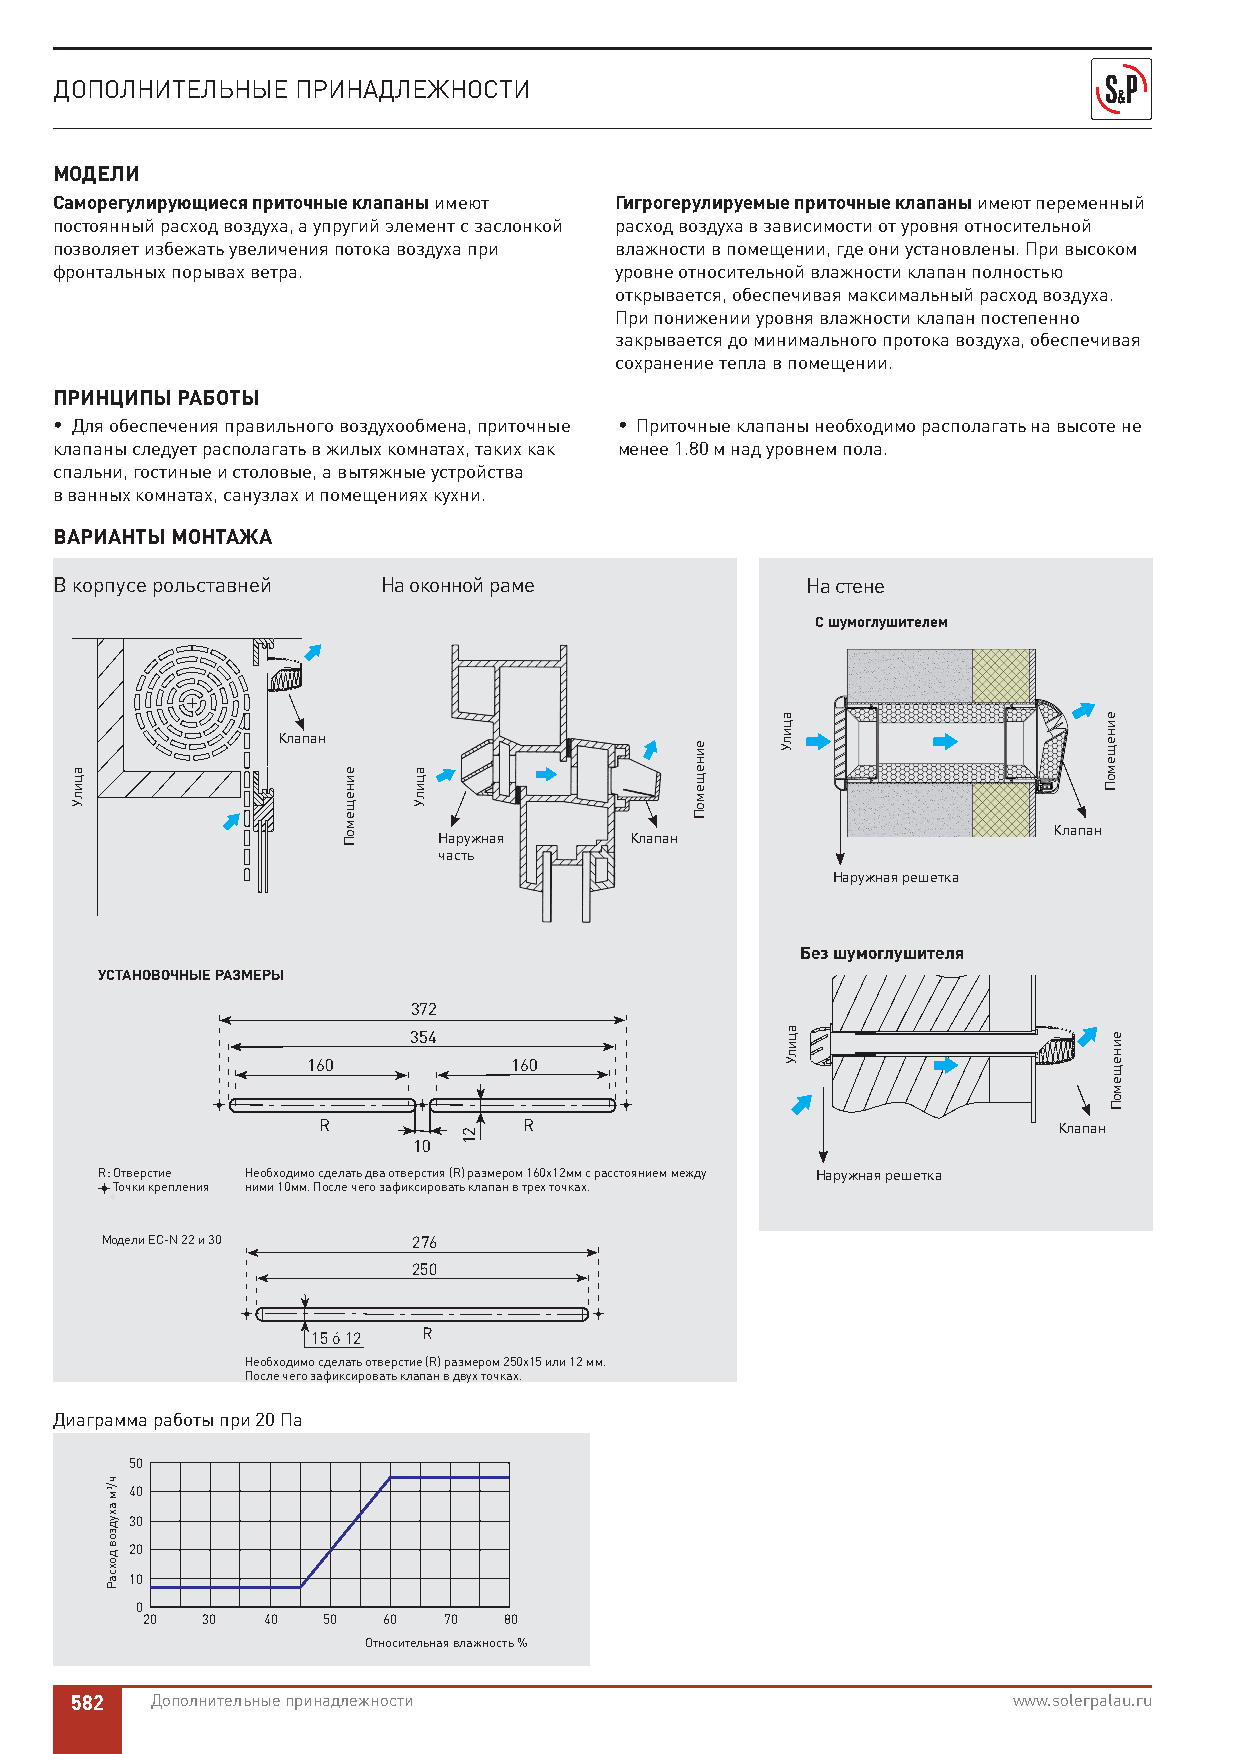
ДОПОЛНИТЕЛЬНЫЕ ПРИНАДЛЕЖНОСТИ
 МОДЕЛИ
 Саморегулирующиеся приточные клапаны имеют Гигрогерулируемые приточные клапаны имеют переменный
 постоянный расход воздуха, а упругий элемент с заслонкой расход воздуха в зависимости от уровня относительной
 позволяет избежать увеличения потока воздуха при влажности в помещении, где они установлены. При высоком
 фронтальных порывах ветра.           уровне относительной влажности клапан полностью
 открывается, обеспечивая максимальный расход воздуха.
 При понижении уровня влажности клапан постепенно
 закрывается до минимального протока воздуха, обеспечивая
 сохранение тепла в помещении.
 ПРИНЦИПЫ РАБОТЫ
 • Для обеспечения правильного воздухообмена, приточные • Приточные клапаны необходимо располагать на высоте не
 клапаны следует располагать в жилых комнатах, таких как менее 1.80 м над уровнем пола.
 спальни, гостиные и столовые, а вытяжные устройства
 в ванных комнатах, санузлах и помещениях кухни.
 ВАРИАНТЫ МОНТАЖА
 В корпусе рольставней На оконной раме            На стене
 С шумоглушителем
 Клапан
 Клапан
 Наружная     Клапан
 часть
 Наружная решетка
 Без шумоглушителя
 УСТАНОВОЧНЫЕ РАЗМЕРЫ
 372
 354
 160           160
 R             R                                  Клапан
 10
 R: Отверстие Необходимо сделать два отверстия (R) размером 160x12мм с расстоянием между Наружная решетка
 Точки крепления ними 10мм. После чего зафиксировать клапан в трех точках.
 Модели EC-N 22 и 30 276
 250
 15 ó 12 R
 Необходимо сделать отверстие (R) размером 250x15 или 12 мм.
 После чего зафиксировать клапан в двух точках.
 Диаграмма работы при 20 Па
 50
 40
 30
 20
 10
 0
 20  30  40  50  60  70  80
 Относительная влажность %
 582  Дополнительные принадлежности                            www.solerpalau.ru
 ацилУ
 ч/3м
 ахудзов
 дохсаР
 еинещемоП ацилУ
 21
 еинещемоП
 ацилУ
 ацилУ
 еинещемоП
 еинещемоП